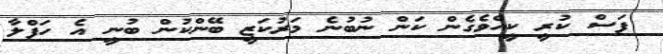
ފަސް ކުރީ ކީއްވެގެން ކަން ނުބުނެ މަރުކަޒީ ބޭންކުން ބުނީ އެ ހަފްލާ